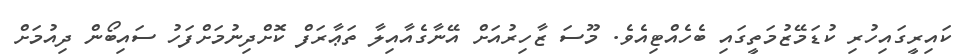
ކައިރީގައިހުރި ކުޑަމޭޒުމަތީގައި ބެހެއްޓިއެވެ. މޫސަ ޒާހިރުއަށް އޭނާގެއާއިލާ ތަޢާރަފް ކޮށްދިނުމަށްފަހު ސައިބޯން ދިއުމަށް